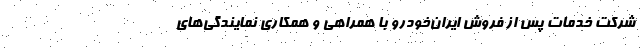
شرکت خدمات پس از فروش ایران‌خودرو با همراهی و همکاری نمایندگی‌های